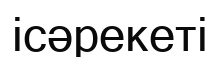
ісәрекеті